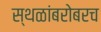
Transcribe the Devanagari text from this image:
स्थळांबरोबरच